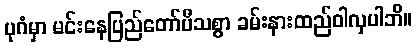
ပုဂံမှာ မင်းနေပြည်တော်ပီသစွာ ခမ်းနားထည်ဝါလှပါဘိ။